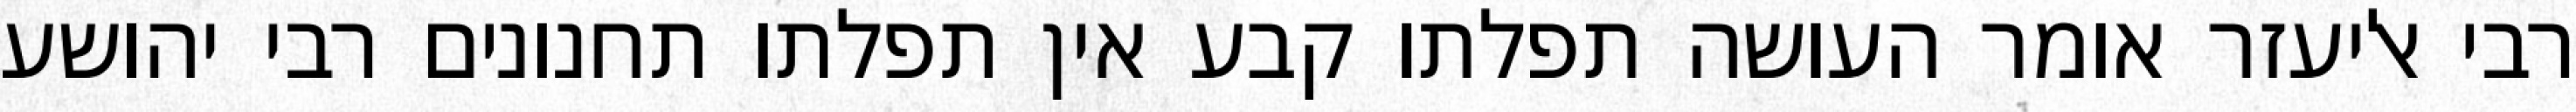
רבי אליעזר אומר העושה תפלתו קבע אין תפלתו תחנונים רבי יהושע